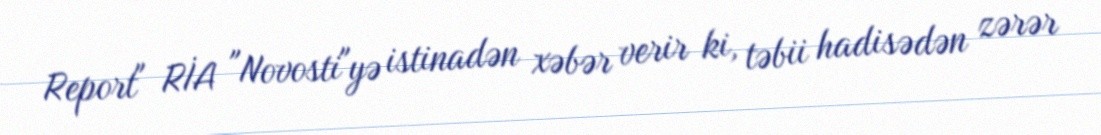
Report" RİA "Novosti"yə istinadən xəbər verir ki, təbii hadisədən zərər